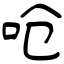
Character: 呛